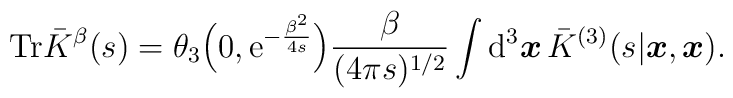
{\mathrm{Tr}}\bar{K}^{\beta}(s)= 	\theta_3 	\Big(0, 	 {\mathrm{e}}^{-\frac{\beta^2}{4s}} 	\Big) \frac{\beta}{(4\pi s)^{1/2}} \int {\mathrm{d}}^3 {\mbox{\boldmath $x$}} \, \bar{K}^{(3)}(s|\mbox{\boldmath $x$}, \mbox{\boldmath $x$}).